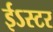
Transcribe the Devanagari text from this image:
ईऽस्टर